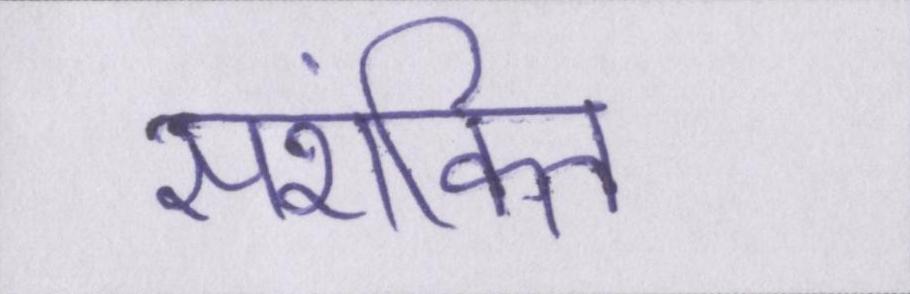
सशंकित